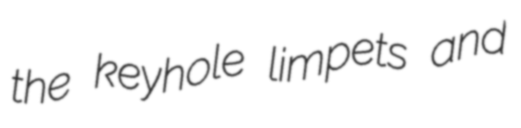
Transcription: the keyhole limpets and